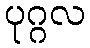
ပုဂ္ဂလ